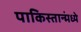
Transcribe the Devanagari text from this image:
पाकिस्तान्मंध्ये